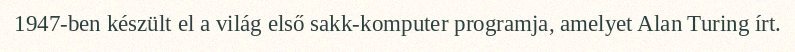
1947-ben készült el a világ első sakk-komputer programja, amelyet Alan Turing írt.